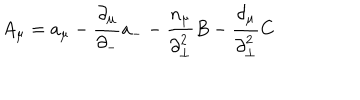
LaTeX: A _ { \mu } = a _ { \mu } - \frac { { \partial } _ { \mu } } { { \partial } _ { - } } a _ { - } - \frac { n _ { \mu } } { { \partial } _ { \bot } ^ { 2 } } B - \frac { { \partial } _ { \mu } } { { \partial } _ { \bot } ^ { 2 } } C